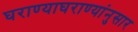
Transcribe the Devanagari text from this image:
घराण्याघराण्यांनुसार